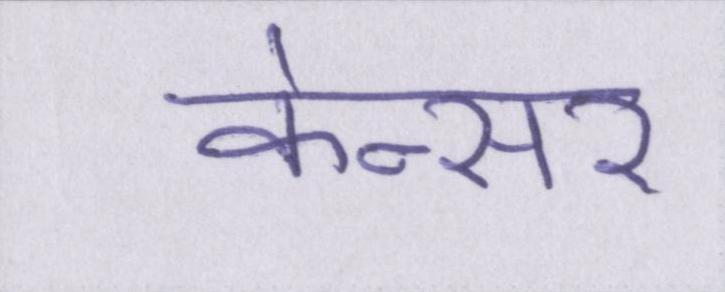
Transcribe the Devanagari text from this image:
केन्सर